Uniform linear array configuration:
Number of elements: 64
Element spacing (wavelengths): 0.5
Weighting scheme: hamming
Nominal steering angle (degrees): -15
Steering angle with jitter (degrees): -13.53
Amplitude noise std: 0.05
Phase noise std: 0.05

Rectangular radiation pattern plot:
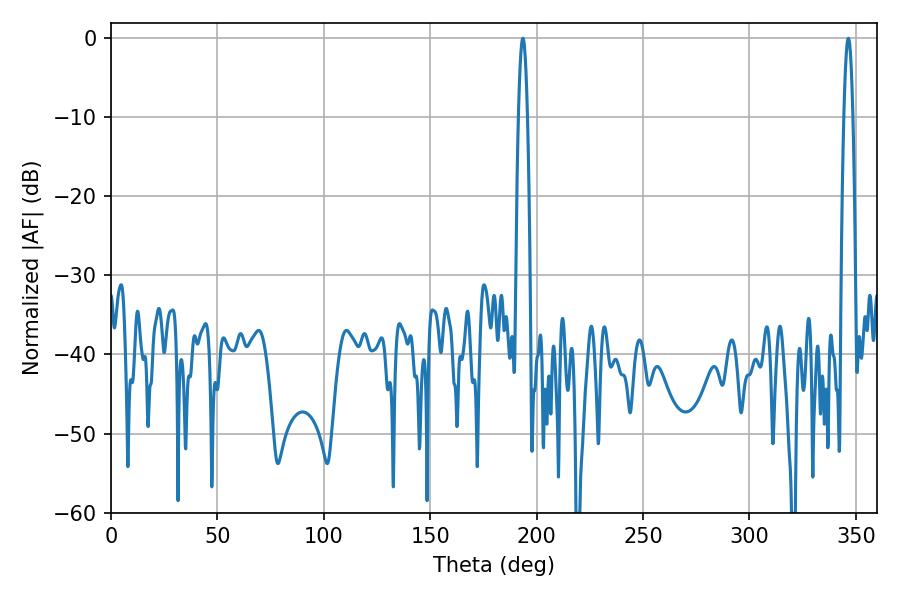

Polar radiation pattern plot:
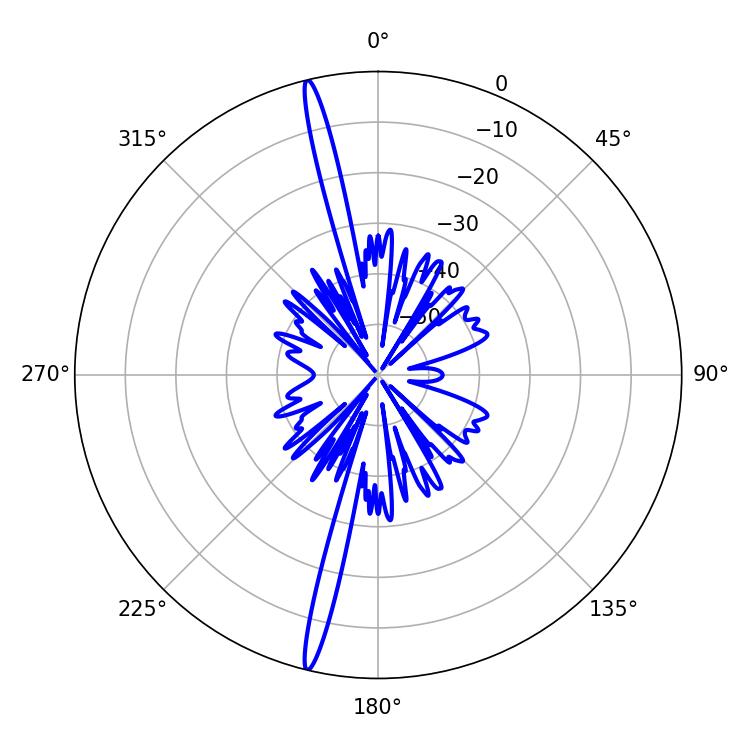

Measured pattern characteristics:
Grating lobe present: FALSE
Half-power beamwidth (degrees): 2.16
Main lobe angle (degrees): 193.5